Veski_algkool, lk 24
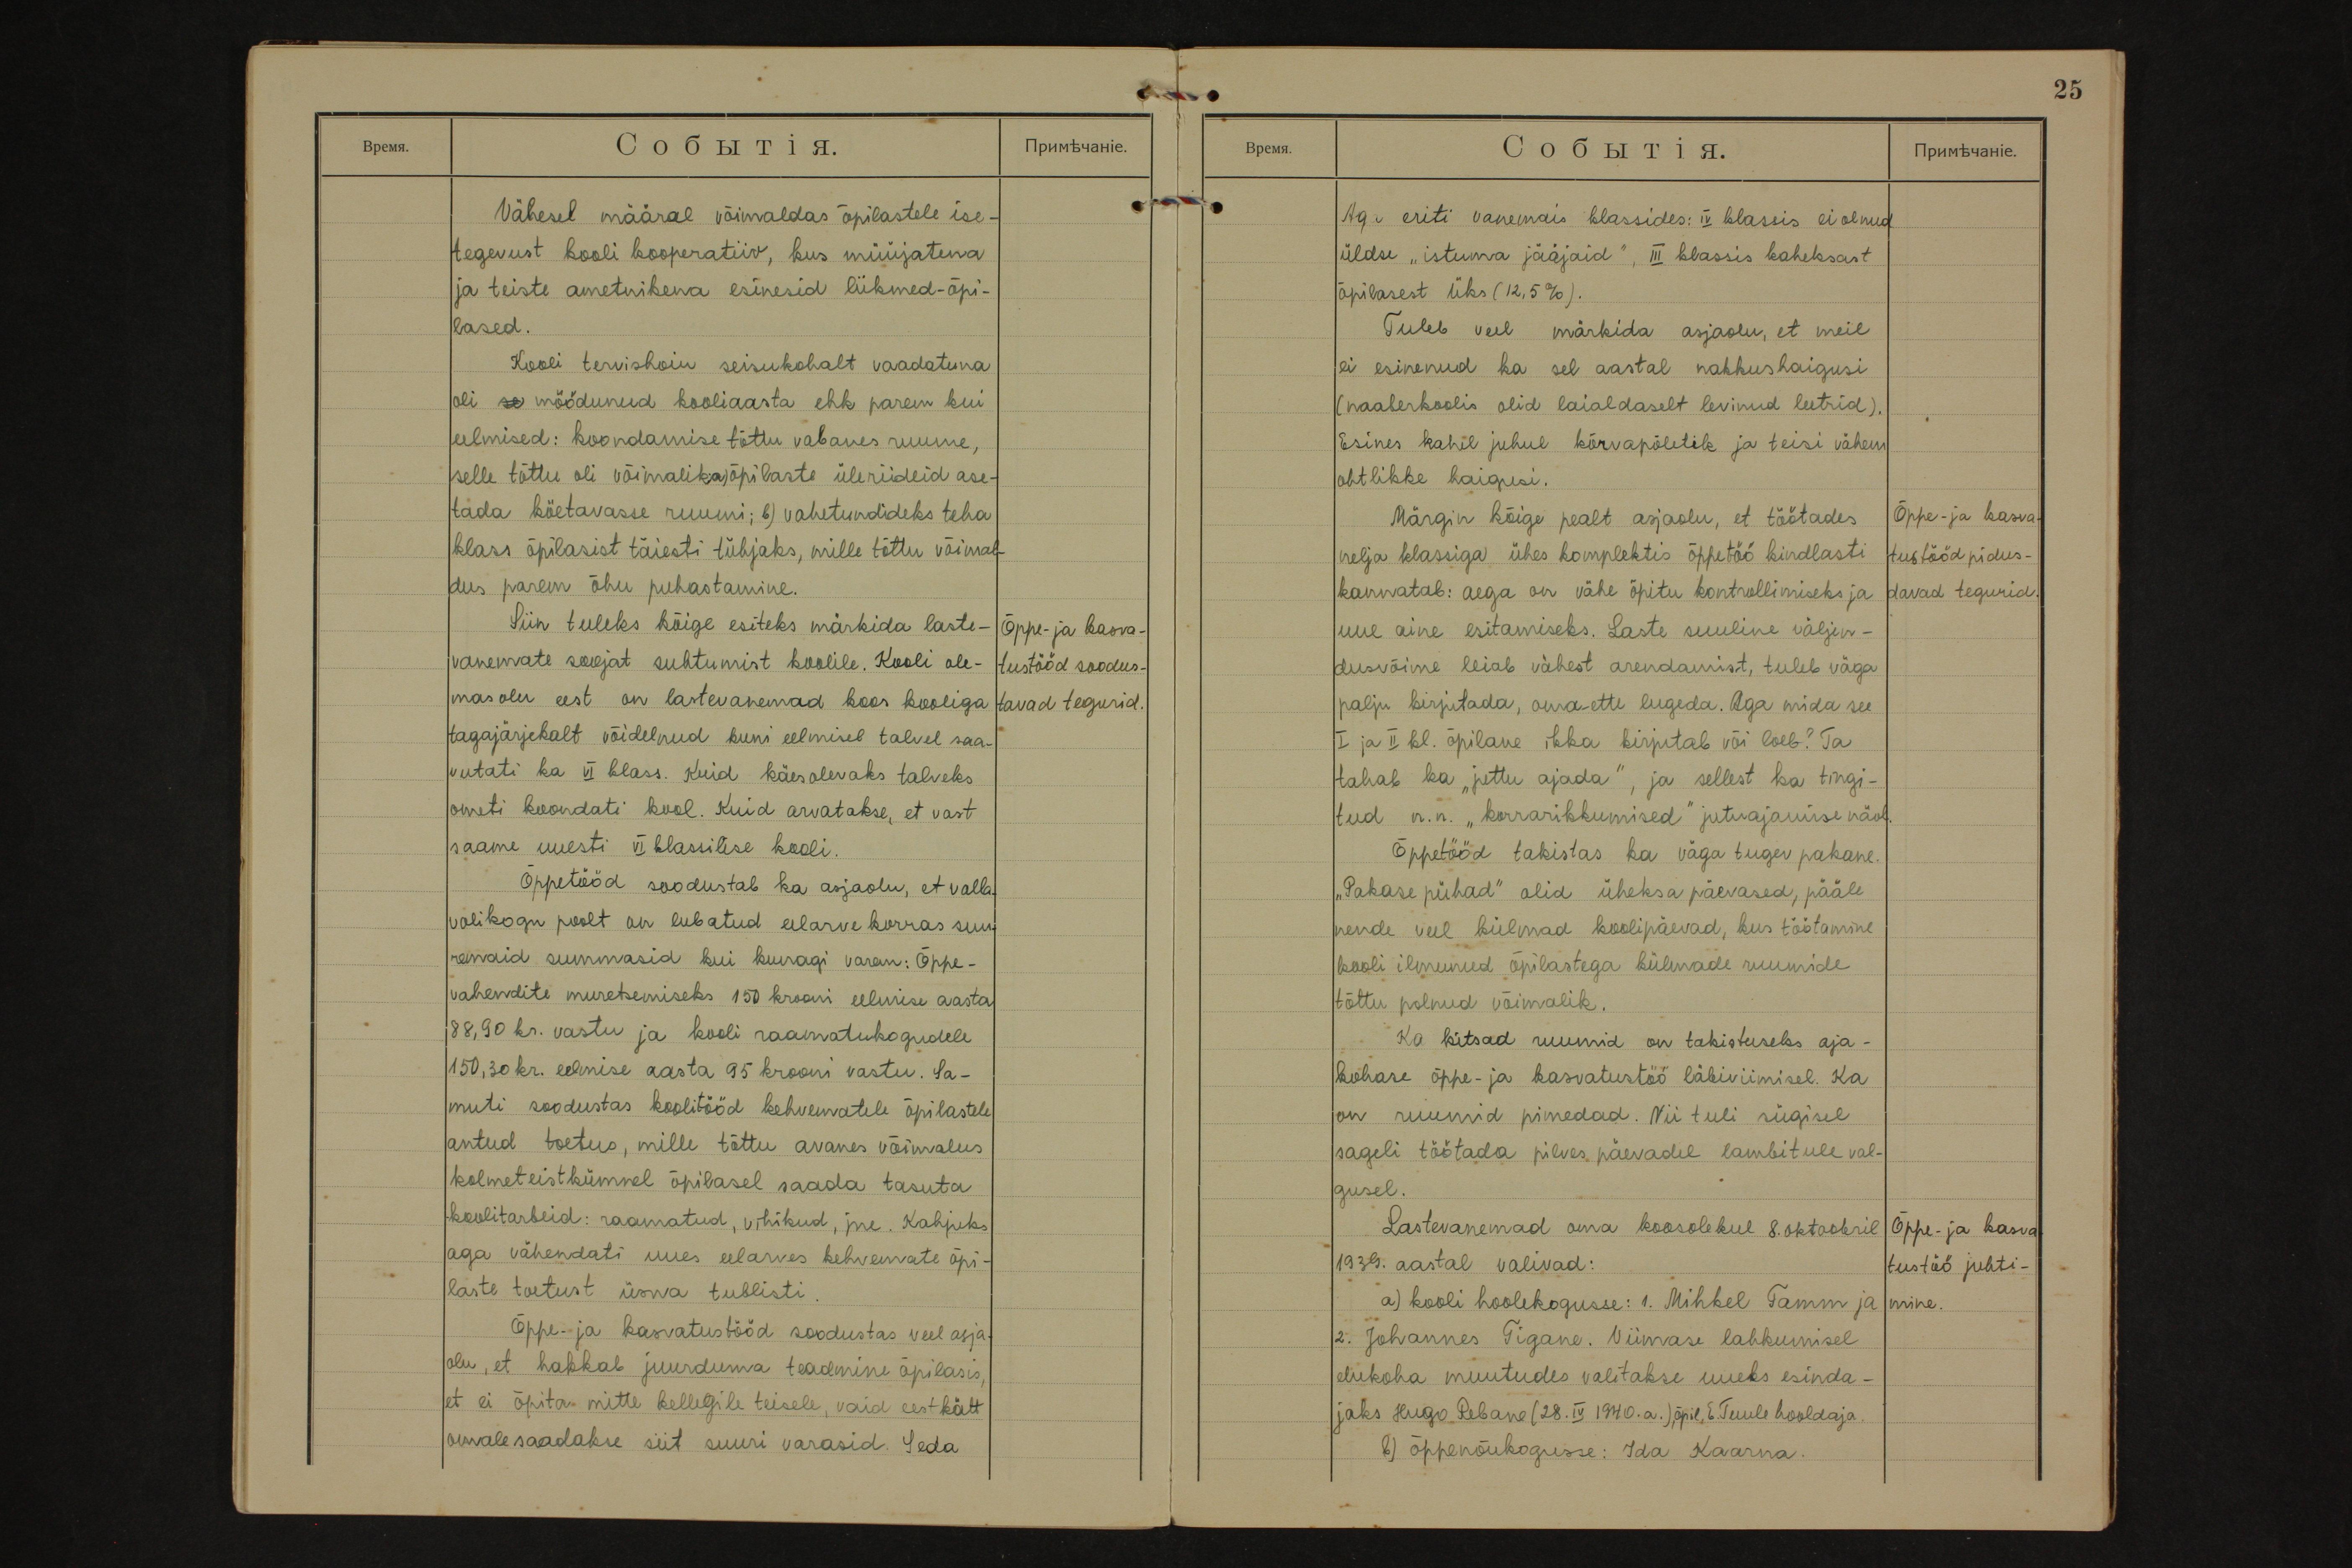
Vähesel määral võimaldas õpilastele ise-
tegevust kooli kooperatiiv, kus müüjatena
ja teiste ametnikena esinesid liikmed - õpi-
lased.
Kooli tervishoiu seisukohalt vaadatuna
oli se möödunud kooliaasta ehk parem kui
eelmised: koondamise tõttu vabanes ruume,
selle tõttu oli võimalik: a) õpilaste üleriideid ase-
tada köetavasse ruumi; b) vahetundideks teha
klass õpilasist täiesti tühjaks, mille tõttu võimal-
dus parem õhu puhastamine.
Õppe- ja kasva-
tustööd soodus -
tavad tegurid.
Siin tuleks kõige esiteks märkida laste-
vanemate soojat suhtumist koolile. Kooli ole-
masolu eest on lastevanemad koos kooliga
tagajärjekalt võidelnud kuni eelmisel talvel saa-
vutati ka VI klass. Kuid käesolevaks talveks
ometi koondati kool. Kuid arvatakse, et vast
saame uuesti  VI klassilise kooli.
Õppetööd soodustab ka asjaolu, et valla-
volikogu poolt on lubatud eelarve korras suu-
remaid summasid kui kunagi varem: Õppe-
vahendite muretsemiseks 150 krooni eelmise aasta
88,90 kr. vastu ja kooli raamatukogudele
150,30 kr. eelmise aasta 95 krooni vastu. Sa-
muti soodustas koolitööd kehvematele õpilastele
antud toetus, mille tõttu avanes võimalus
kolmeteistkümnel õpilasel saada tasuta
koolitarbeid: raamatud, vihikud, jne. Kahjuks
aga vähendati uues eelarves kehvemate õpi-
laste toetust üsna tublisti.
Õppe- ja kasvatustööd soodustas veel asja-
olu, et hakkab juurduma teadmine õpilasis,
et ei õpita mitte kellegile teisele, vaid eestkätt
omale saadakse siit suuri varasid. Seda

25
Aga eriti vanemais klassides: IV klassis ei olnud
üldse "istuma jääjaid", III klassis kaheksast
õpilasest üks (12,5%).
Tuleb veel märkida asjaolu, et meil
ei esinenud ka sel aastal nakkushaigusi
(naaberkoolis olid laialdaselt levinud leetrid).
Esines kahel juhul kõrvapõletik ja teisi vähem
ohtlikke haigusi.
Õppe- ja kasva-
tustööd pidus-
davad tegurid.
Märgin kõige pealt asjaolu, et töötades
nelja klassiga ühes komplektis õppetöö kindlasti
kannatab: aega on vähe õpitu kontrollimiseks ja
uue aine esitamiseks. Laste suuline väljen-
dusvõime leiab vähest arendamist, tuleb väga
palju kirjutada, omaette lugeda. Aga mida see
I ja II kl. õpilane ikka kirjutab või loeb? Ta
tahab ka ,,juttu ajada", ja sellest ka tingi-
tud n.n. "korrarikkumised" jutuajamise näol.
Õppetööd takistas ka väga tugev pakane.
"Pakase pühad" olid üheksa päevased, pääle
nende veel külmad koolipäevad, kus töötamine
kooli ilmunud õpilastega külmade ruumide
tõttu polnud võimalik.
Ka kitsad ruumid on takistuseks aja-
kohase õppe- ja kasvatustöö läbiviimisel. Ka
on ruumid pimedad. Nii tuli sügisel
sageli töötada pilves päevadel lambitule val-
gusel.
Õppe- ja kasva-
tustöö juhti -
mine.
Lastevanemad oma koosolekul 8. oktoobril
1939. aastal valivad:
a) kooli hoolekogusse: 1. Mihkel Tamm ja
2. Johannes Tigane. Viimase lahkumisel
elukoha muutudes valitakse uueks esinda-
jaks Hugo Rebane (28. IV 1940.a. ), õpil. E. Tuule hooldaja.
b) õppenõukogusse: Ida Kaarna.